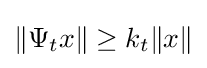
\|\Psi _{t}x\|\geq k_{t}\|x\|